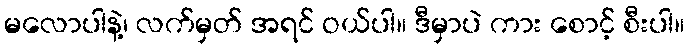
မလောပါနဲ့၊ လက်မှတ် အရင် ဝယ်ပါ။ ဒီမှာပဲ ကား စောင့် စီးပါ။